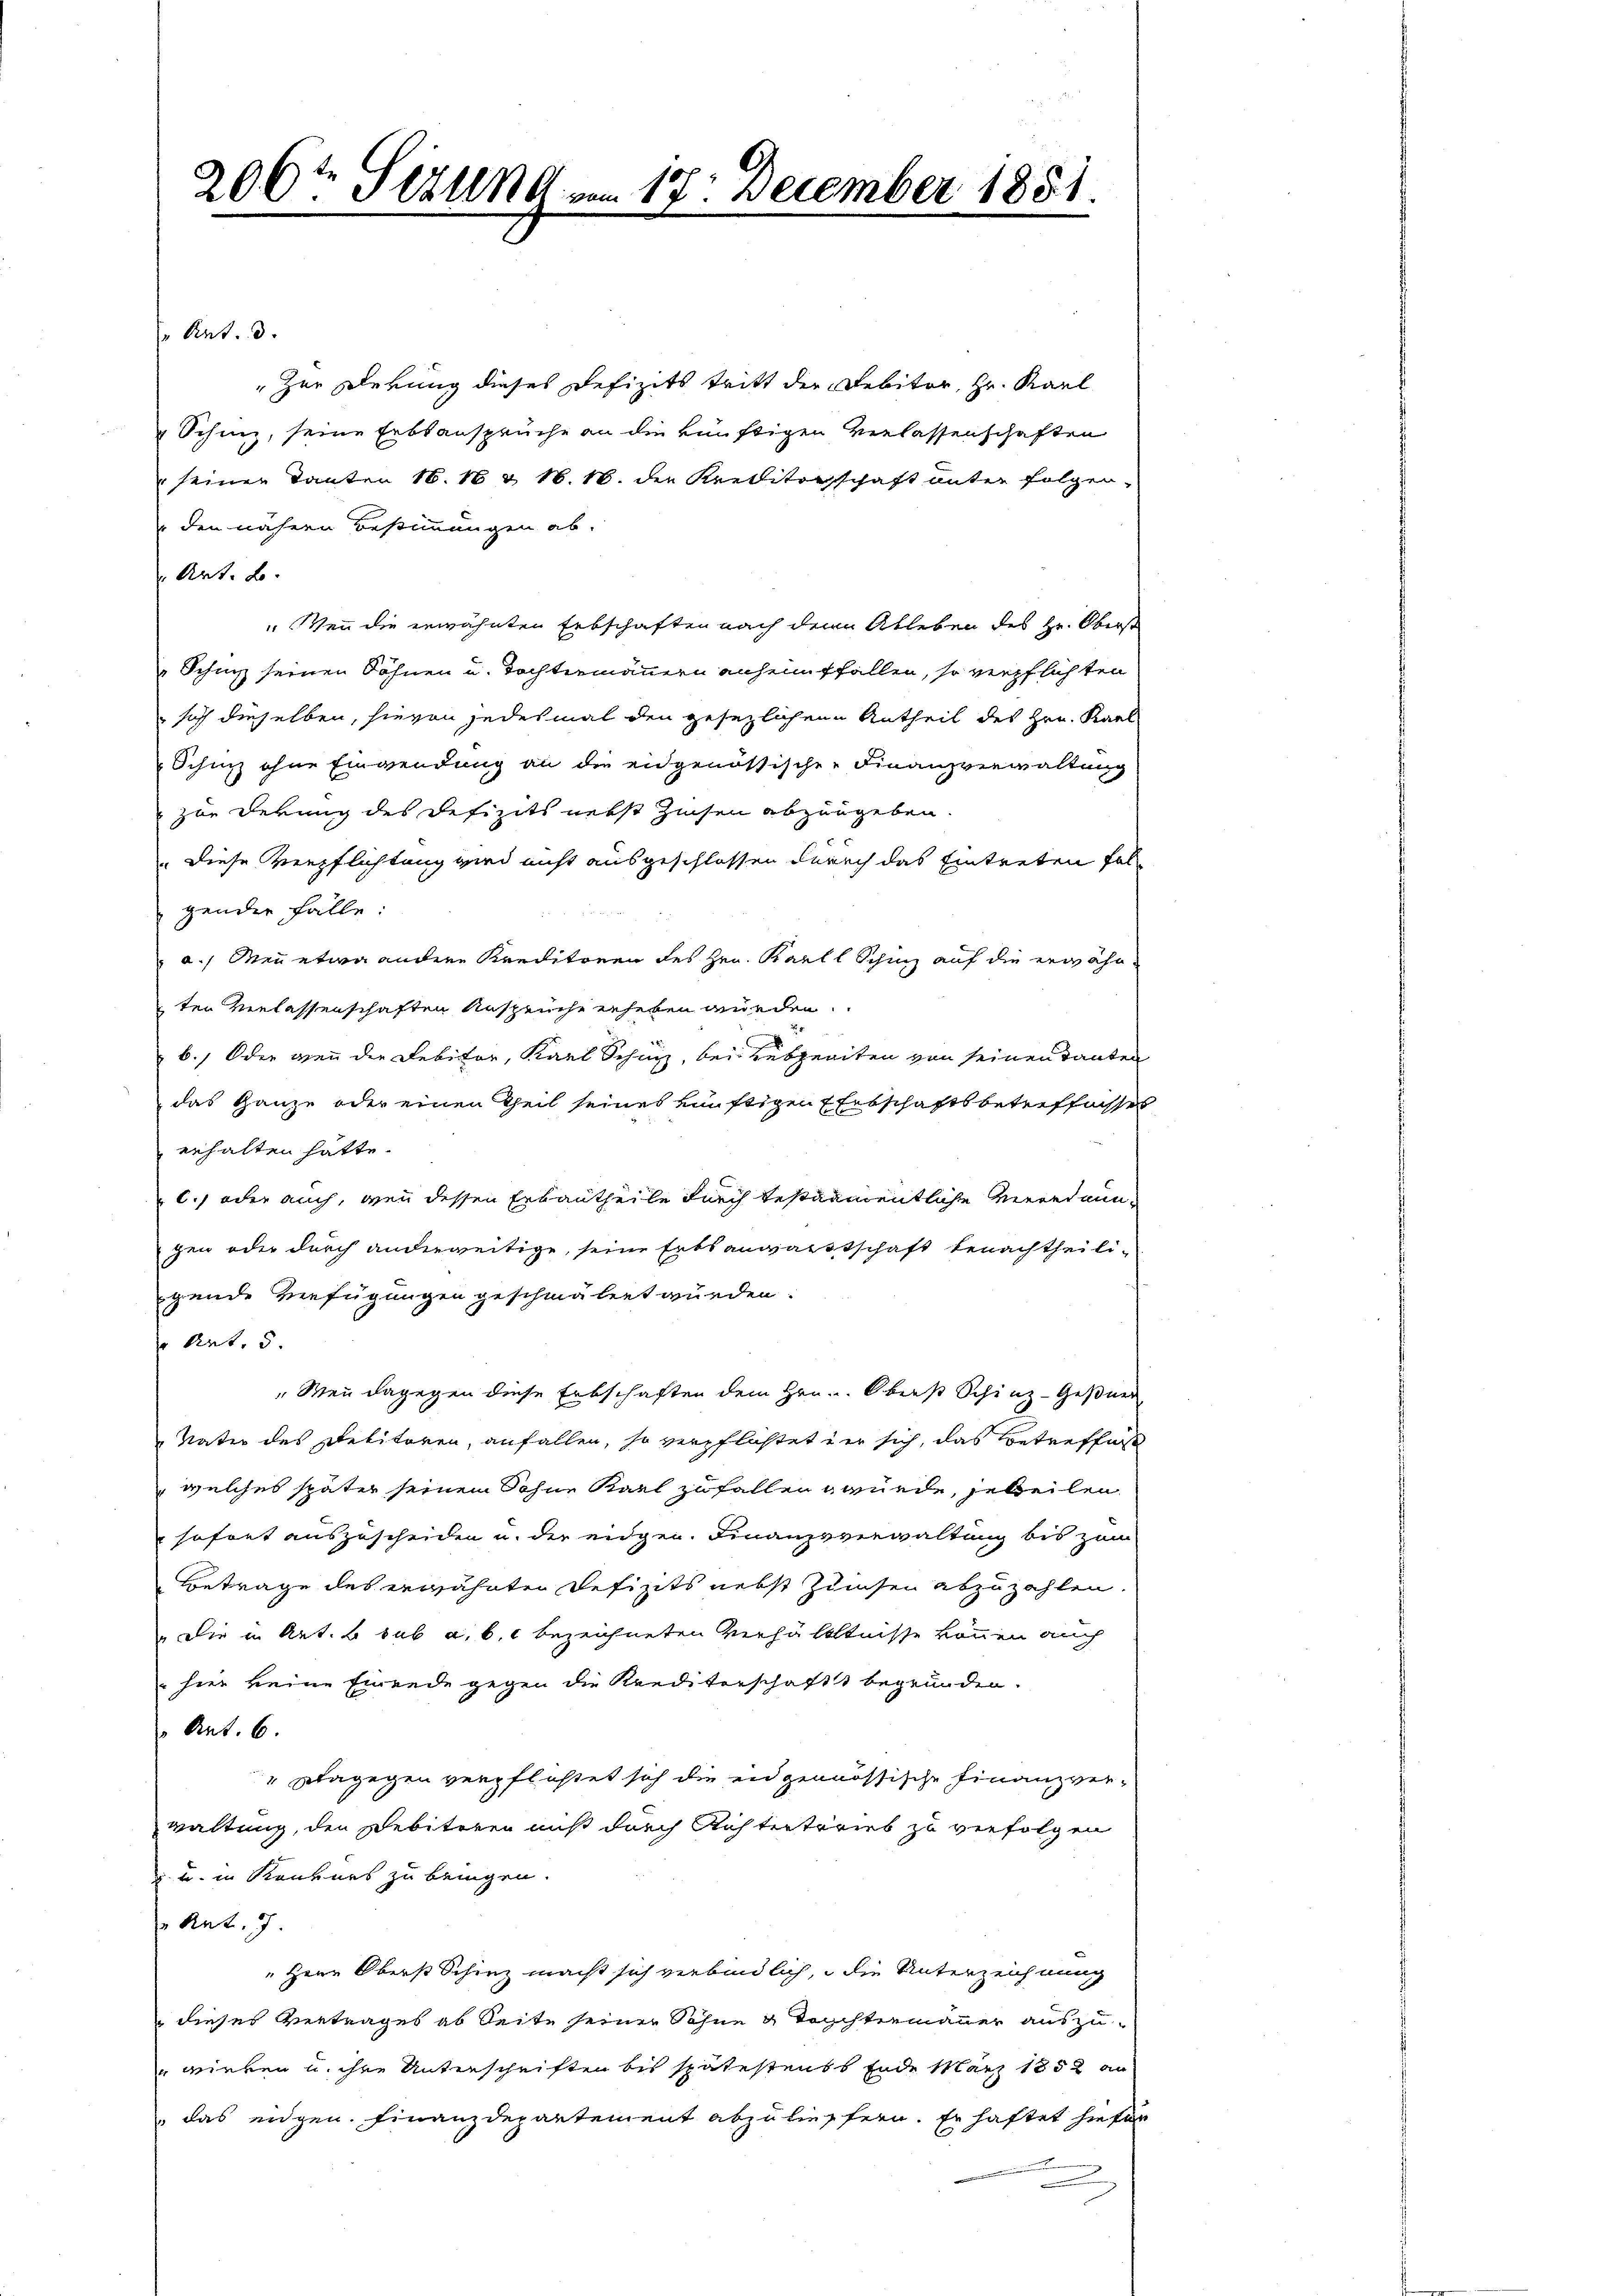
206te Situng vom 17. December 1851.
S

" Art. 3.
" zur Dekung dieses Defizits tritt der Debitor, Hr. Karl
 Schinz, seine Erbsansprüche an die künftigen Verlassenschaften
seiner Tanten 16. 18 & 16. 16. der Kreditorschaft unter folgen-
den nähern Bestimmungen ab.
Art. B.
 Von die erwähnten Erbschaften nach dem Ableben des Hr. Oberst
Schinz seinen Söhnen u. Tochtermännern anheimffallen, so verpflichten
 sich dieselben, hievon jedesmal den gesezlichen Antheil des Hrn. Karl
Schinz ohne Einwendung an die eidgenössische Finanzverwaltung
zur Derung des Defizits nebst Zinsen abzuugeben.
" diese Verpflichtung wird nicht ausgeschlossen durch das Eintreten folgenden Fälle:
a.) Wenn etwa andere Kreditoren des Hrn. Karl Schinz auf die erwähnten Verlassenschaften Ansprüche erheben wurden.
b. Oder wenn der Debitor, Karl Schwyz, bei Lebzeiten von seinen Tanten
das Ganze oder einen Theil seines einstigen Entschaftsbetreffnisses
erhalten hätte.
c.) oder auch, wenn dessen Erbautheile durch bestamentliche Verordnungen oder durch anderweitige, seine Erbsanwartschaft benachtheiligende Verfügungen geschmälert würden.
Art. 5
"Wenn dagegen diese Erbschaften dem Hrn. Oberst Schinz-Geßner
Vater des Debitoren, anfallen, so verpflichtet der sich, das Betreffe
welches später seinem Sohne Karl zufallen gründe, jeweilen
sofort auszuscheiden u. der eidgen. Finanzverwaltung bis zum
Betrage des erwähnten Defizits nebst Zinsen abzuzahlen.
 Die in Art. b. sub a. b. c bezeichneten Verhältnisse können auch
hier keine Einende gegen die Krediterschaft begründen.
Ant. 6.
" Dagegen verpflastet sich die in genössische Finanzverwaltung, den Debiteren muß durch Richterterieb zu verfolgen
u u. in Konkurs zu bringen.
" Ant. 7.
Herr Oberst Schinz macht sich verbindlich, die Unterzeichnung
 dieses Vertrages ab Seite seiner Söhne u Tochtermauer auszu-
 wirken u. ihre Unterschriften bis spätestens Ende März 1858 au
 das eigen. Finanzdepartement abzulieffern. Er haftet hiefor